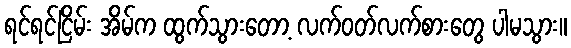
ရင်ရင်ငြိမ်း အိမ်က ထွက်သွားတော့ လက်ဝတ်လက်စားတွေ ပါမသွား။